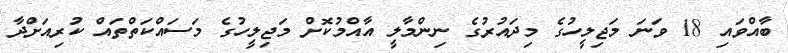
ބާއްވައި 18 ވަނަ މަޖިލީހުގެ މިދައުރުގެ ނިންމާލީ އާއްމުކޮށް މަޖިލީހުގެ މަސައްކަތްތައް ކުރިއަށްދާ